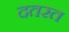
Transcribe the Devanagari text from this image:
दतरत